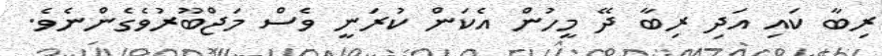
ރިބާ ކައި އަދި ރިބާ ދޭ މީހުން އެކަން ކުރަނީ ވެސް މަޖްބޫރުވެގެންނެވެ.